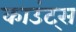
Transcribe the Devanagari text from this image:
काउंट्स